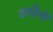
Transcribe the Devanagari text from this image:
अधीनों